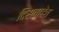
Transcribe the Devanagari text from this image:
दिसताहेत